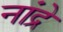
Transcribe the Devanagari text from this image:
नांद्रे